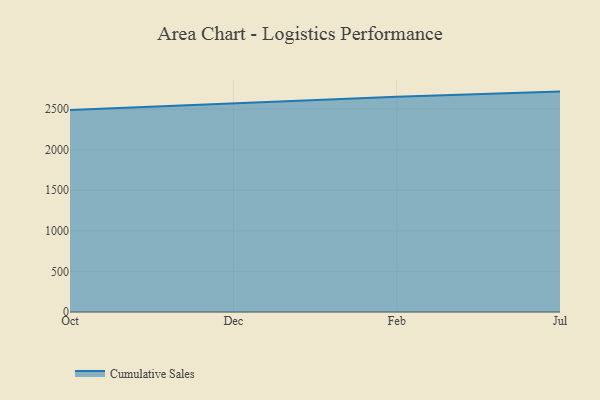
{"axis": {"x": "Month", "y": "Revenue (USD Million)"}, "legend": ["Cumulative Sales"], "data": [{"x": "Oct", "y": 2488.2, "type": "Cumulative Sales"}, {"x": "Dec", "y": 2574.0, "type": "Cumulative Sales"}, {"x": "Feb", "y": 2651.7, "type": "Cumulative Sales"}, {"x": "Jul", "y": 2716.4, "type": "Cumulative Sales"}]}